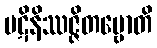
ပဋိနိဿဇ္ဇိတဗ္ဗောတိ